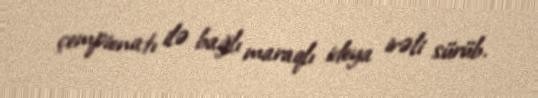
çempionatı ilə bağlı maraqlı ideya irəli sürüb.